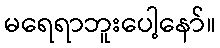
မရေရာဘူးပေါ့နော်။